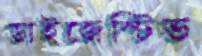
ডাইজেস্টিভ